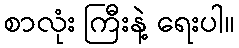
စာလုံး ကြီးနဲ့ ရေးပါ။